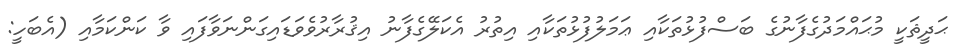
ޙަދީޘަކީ މުޙައްމަދުގެފާނުގެ ބަސްފުޅުތަކާއި ޢަމަލުފުޅުތަކާއި އިތުރު އެކަލޭގެފާނު އިޤުރާރުވެވަޑައިގަންނަވާފައި ވާ ކަންކަމާއި (އެބަހީ: